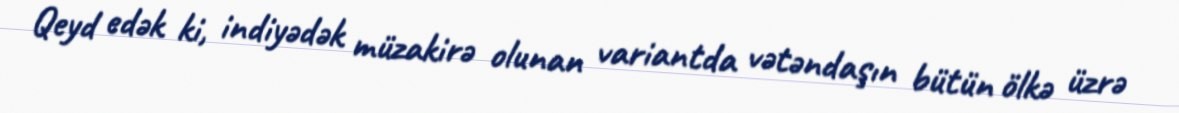
Qeyd edək ki, indiyədək müzakirə olunan variantda vətəndaşın bütün ölkə üzrə